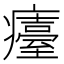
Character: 𤻡